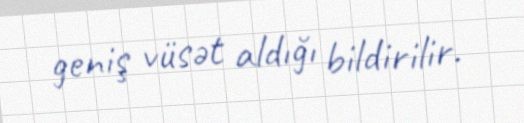
geniş vüsət aldığı bildirilir.